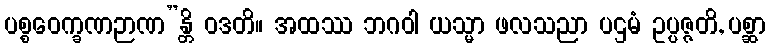
ပစ္စဝေက္ခဏဉာဏ”န္တိ ဝဒတိ။ အထဿ ဘဂဝါ ယသ္မာ ဖလသညာ ပဌမံ ဥပ္ပဇ္ဇတိ, ပစ္ဆာ